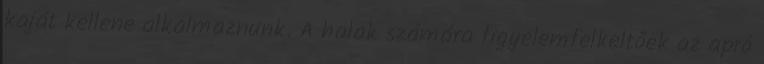
kaját kellene alkalmaznunk. A halak számára figyelemfelkeltőek az apró